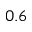
0 . 6